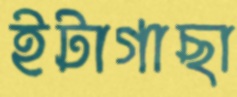
ইটাগাছা